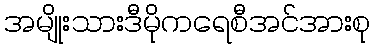
အမျိုးသားဒီမိုကရေစီအင်အားစု